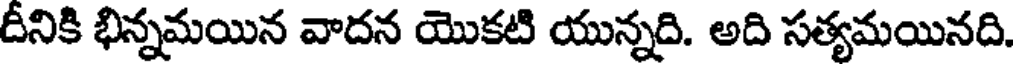
దీనికి భిన్నమయిన వాదన యొకటి యున్నది. అది సత్యమయినది.